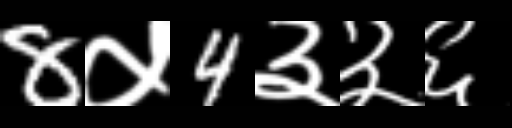
Text: 8५4३३६